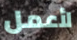
لأعمل